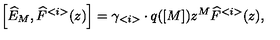
\left[ \widehat { E } _ { M } , \widehat { F } ^ { < i > } ( z ) \right] = \gamma _ { < i > } \cdot q ( [ M ] ) z ^ { M } \widehat { F } ^ { < i > } ( z ) ,